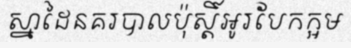
ស្នាដៃនគរបាលប៉ុស្តិ៍អូរបែកក្អម